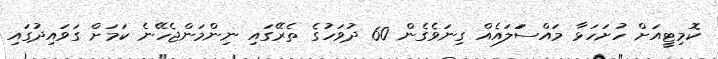
ކޮމިޓީއަށް ހުށަހަޅާ މައްސަަލައެއް ގިނަވެގެން 60 ދުވަހުގެ ތެރޭގައި ނިންމަންޖެހޭނެ ކަމަށް ގަވައިދުގައި